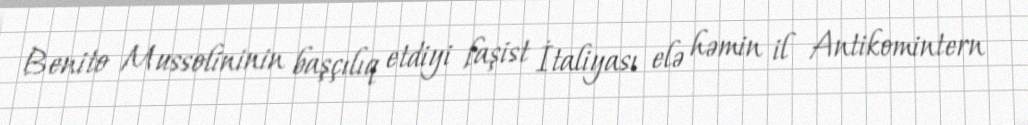
Benito Mussolininin başçılıq etdiyi faşist İtaliyası elə həmin il Antikomintern